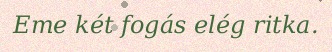
Eme két fogás elég ritka.